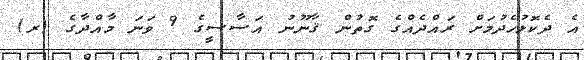
އެ ދެކޮޅުހެދުމަށް ރައްދެއްގެ ގޮތުން ޤާނޫނު އަސާސީގެ 9 ވަނަ މާއްދާގެ (ރ)